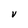
Character: V